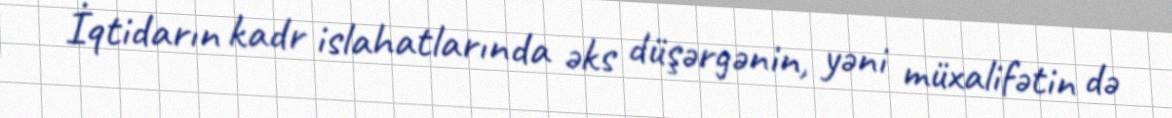
İqtidarın kadr islahatlarında əks düşərgənin, yəni müxalifətin də